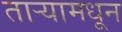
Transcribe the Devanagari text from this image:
ताऱ्यामधून